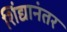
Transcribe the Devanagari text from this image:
शिंद्यानंतर